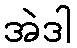
အဲဒါ